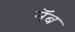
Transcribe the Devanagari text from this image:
नॅब